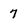
Character: 7